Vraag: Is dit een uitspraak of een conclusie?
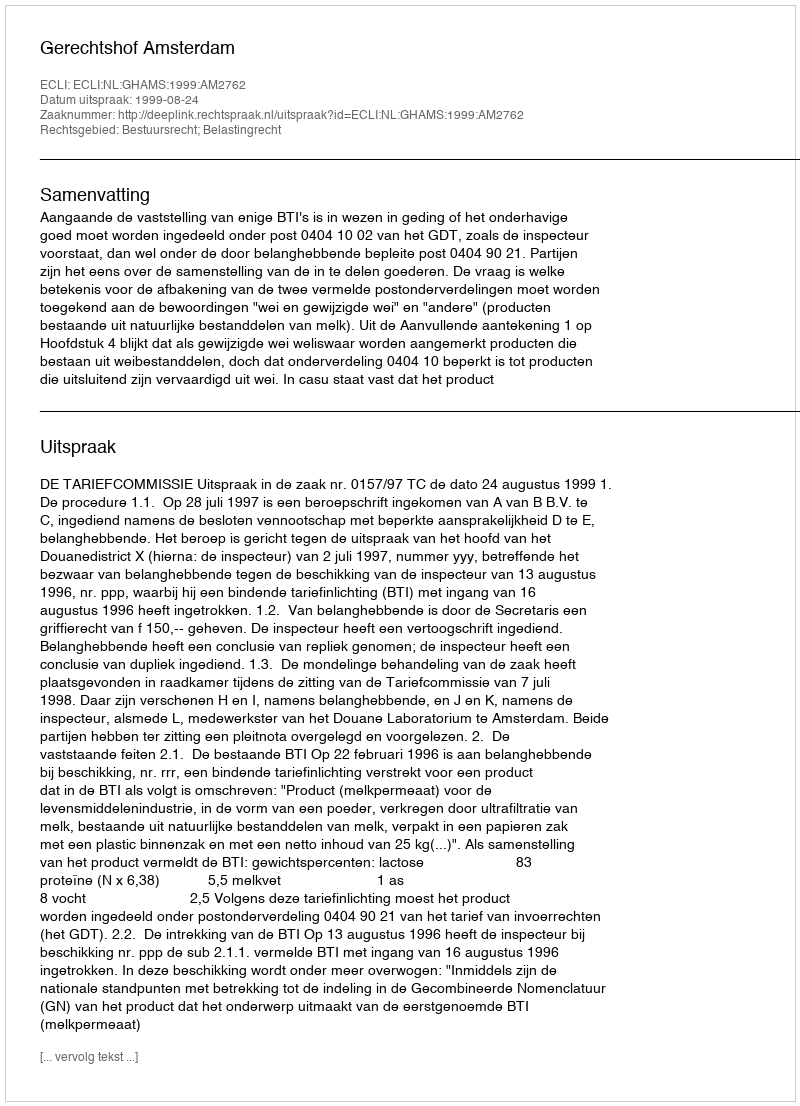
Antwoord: Uitspraak